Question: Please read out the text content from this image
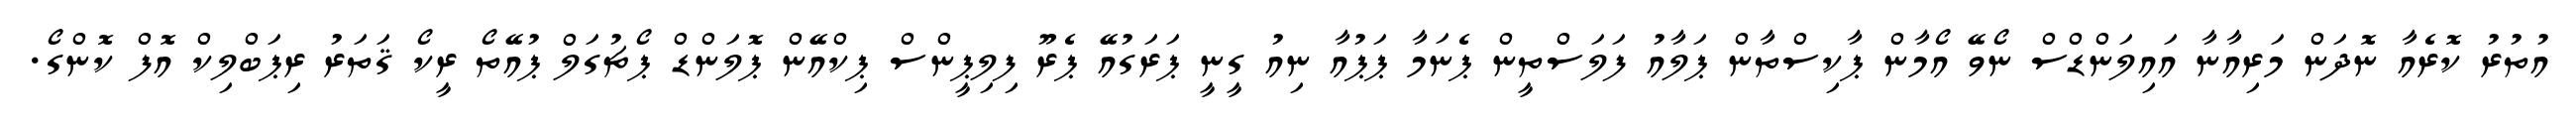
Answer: އުތުރު ކޮރެއާ ނޮދަން މަރިއާނާ އައިލަންޑްސް ނޯވޭ އޯމާން ޕާކިސްތާން ޕަލާއު ފަލަސްތީން ޕެނަމާ ޕަޕުއާ ނިއު ގީނީ ޕަރަގުއޭ ޕެރޫ ފިލިޕީންސް ޕިކްއޭން ޕޮލަންޑް ޕޯޗުގަލް ޕުއޭތޯ ރީކޯ ޤަތަރު ރިޕަބްލިކް އޮފް ކޮންގޯ.